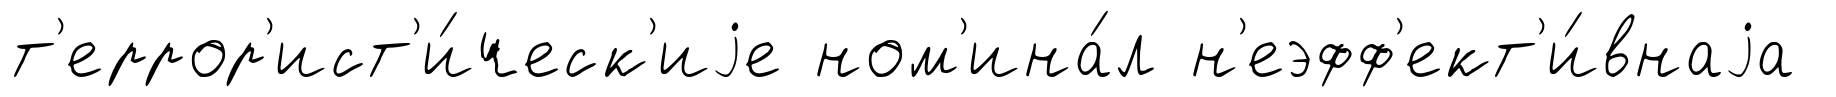
т'еррор'ист'и́ческ'иjе ном'ина́л н'еэфф'ект'и́внаjа